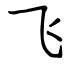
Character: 飞